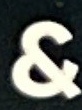
&